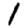
Digit: 1